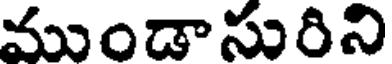
ముండాసురిని